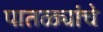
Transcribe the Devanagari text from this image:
पातळ्यांचे